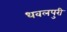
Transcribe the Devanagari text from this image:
धवलपुरी